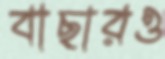
বাছারও